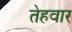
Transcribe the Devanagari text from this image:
तेहवार